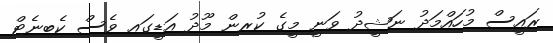
ރައީސް މުހައްމަދު ނަޝީދު ވަނީ މީގެ ކުރިން މޫދު އަޑީގައި ވެސް ކެބިނެޓް